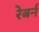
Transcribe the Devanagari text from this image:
रेबर्न